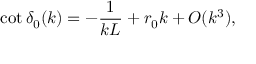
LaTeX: \cot \delta _ { 0 } ( k ) = - \frac { 1 } { k L } + r _ { 0 } k + O ( k ^ { 3 } ) ,